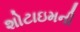
શોટાઇમની